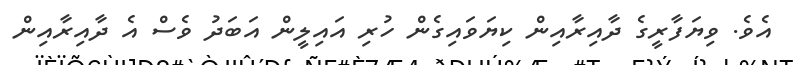
އެވެ. ވިޔަފާރީގެ ދާއިރާއިން ކިޔަވައިގެން ހުރި އައިލީން އަބަދު ވެސް އެ ދާއިރާއިން